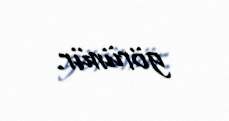
görünür.